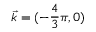
\vec { k } = ( - \frac { 4 } { 3 } \pi , 0 )